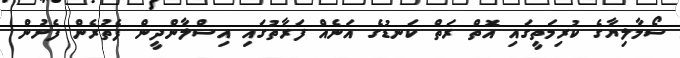
ސޯމާލިޔާގެ ކުރިމަތީގައި އޮތް ރަތް ކަނޑުުގެ އަނެއް ފަރާތުގައި އިސްލާންދީން ފެތުރެން ފެށުން